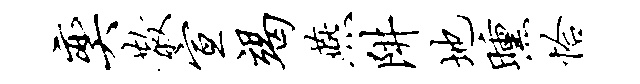
奕散宣竭燕阱地曛恰